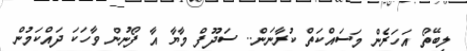
ލިބޭތޯ އަހަރެން މަސައްކަތް ކުރާނަން.. ސަދޫފް މާޔާ އާ ފޯނުން ވާހަކަ ދައްކަމުން